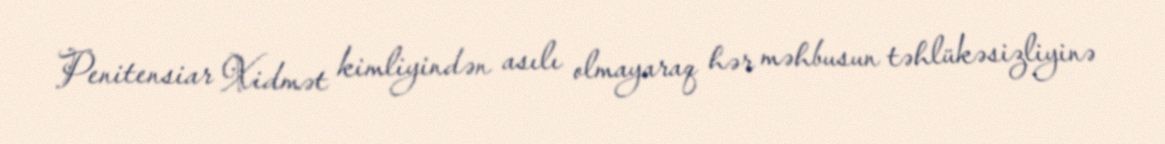
Penitensiar Xidmət kimliyindən asılı olmayaraq hər məhbusun təhlükəsizliyinə